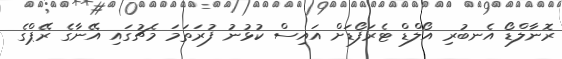
ރޮނާލްޑޯ އެނބުރި އޯލްޑް ޓެރަފޯޑަށް އައިސް ކުޅުނު ފުރަތަމަ މެޗުގައި އޭނާގެ ރޭޕްގެ